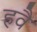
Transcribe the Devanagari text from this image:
हवै